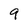
Character: 9